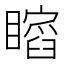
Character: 𥋺